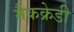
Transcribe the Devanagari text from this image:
मैकक्रेडी